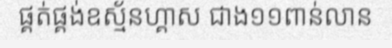
ផ្គត់ផ្គង់ឧស្ម័នហ្គាស ជាង១១ពាន់លាន